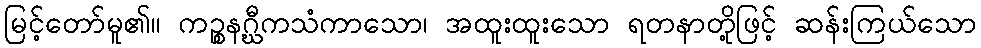
မြင့်တော်မူ၏။ ကဉ္စနဂ္ဃီကသံကာသော၊ အထူးထူးသော ရတနာတို့ဖြင့် ဆန်းကြယ်သော